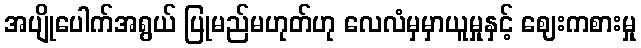
အပျိုပေါက်အရွယ် ပြုမည်မဟုတ်ဟု လေလံမှမှာယူမှုနှင့် ဈေးကစားမှု